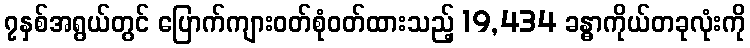
၇နှစ်အရွယ်တွင် ပြောက်ကျားဝတ်စုံဝတ်ထားသည့် 19,434 ခန္ဓာကိုယ်တခုလုံးကို